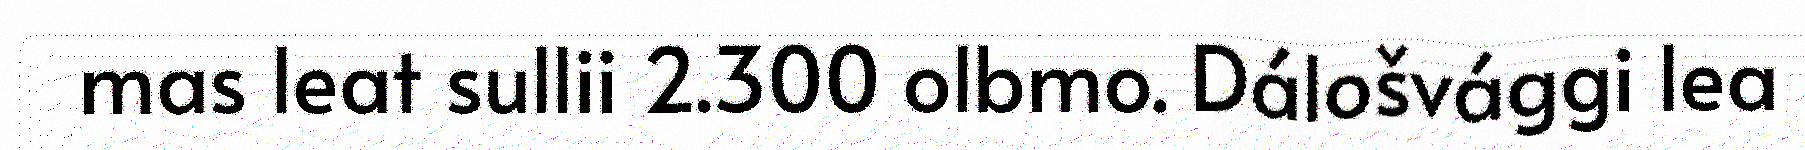
mas leat sullii 2.300 olbmo. Dálošvággi lea